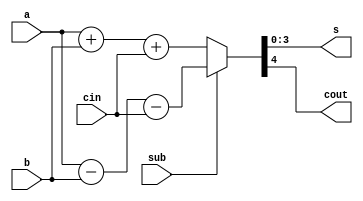
module addsub2(sub, a, b, cin, s, cout);
	input sub;
	input [3:0] a,b;
	input cin;
	output[3:0] s;
	output cout;
	
	assign {cout, s} = sub ? (a - b - cin) : (a + b + cin);
endmodule